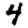
Digit: 4